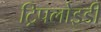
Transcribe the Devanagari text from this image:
ट्रिपलोइडी